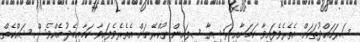
ސަރަހައްދުތަކަށް އެތެރެވެފައިވާ ކަމަށާއި ރަޝިޔާ ސިފައިން ޔުކްރޭނަށް އެތެރެވެފައިވާ ކަމާއިމެދު އެއްވެސް ޝައްކެތް